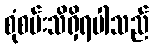
စုံစမ်းသိရှိရပါသည်